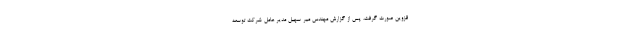
قزوین صورت گرفت، پس از ‌گزارش مهندس میر سهیل مدیر عامل شرکت توسعه